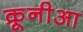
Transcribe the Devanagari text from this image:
क्रूनीआ